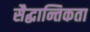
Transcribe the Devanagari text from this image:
सैद्धान्तिकता